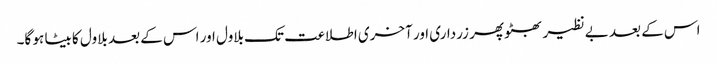
اس کے بعد بے نظیر بھٹو پھر زرداری اور آخری اطلاعت تک بلاول اور اس کے بعد بلاول کا بیٹا ہو گا۔